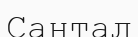
Сантал